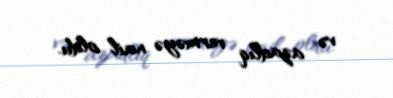
və azadlıq verməyə nail oldu.